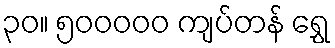
၃၀။ ၅၀၀၀၀၀ ကျပ်တန် ရွှေ